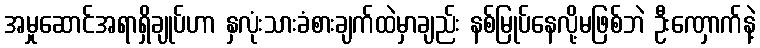
အမှုဆောင်အရာရှိချုပ်ဟာ နှလုံးသားခံစားချက်ထဲမှာချည်း နစ်မြုပ်နေလို့မဖြစ်ဘဲ ဦးဏှောက်နဲ့